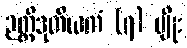
ဉတ္တိဒုတိယကံ (၇) မျိုး